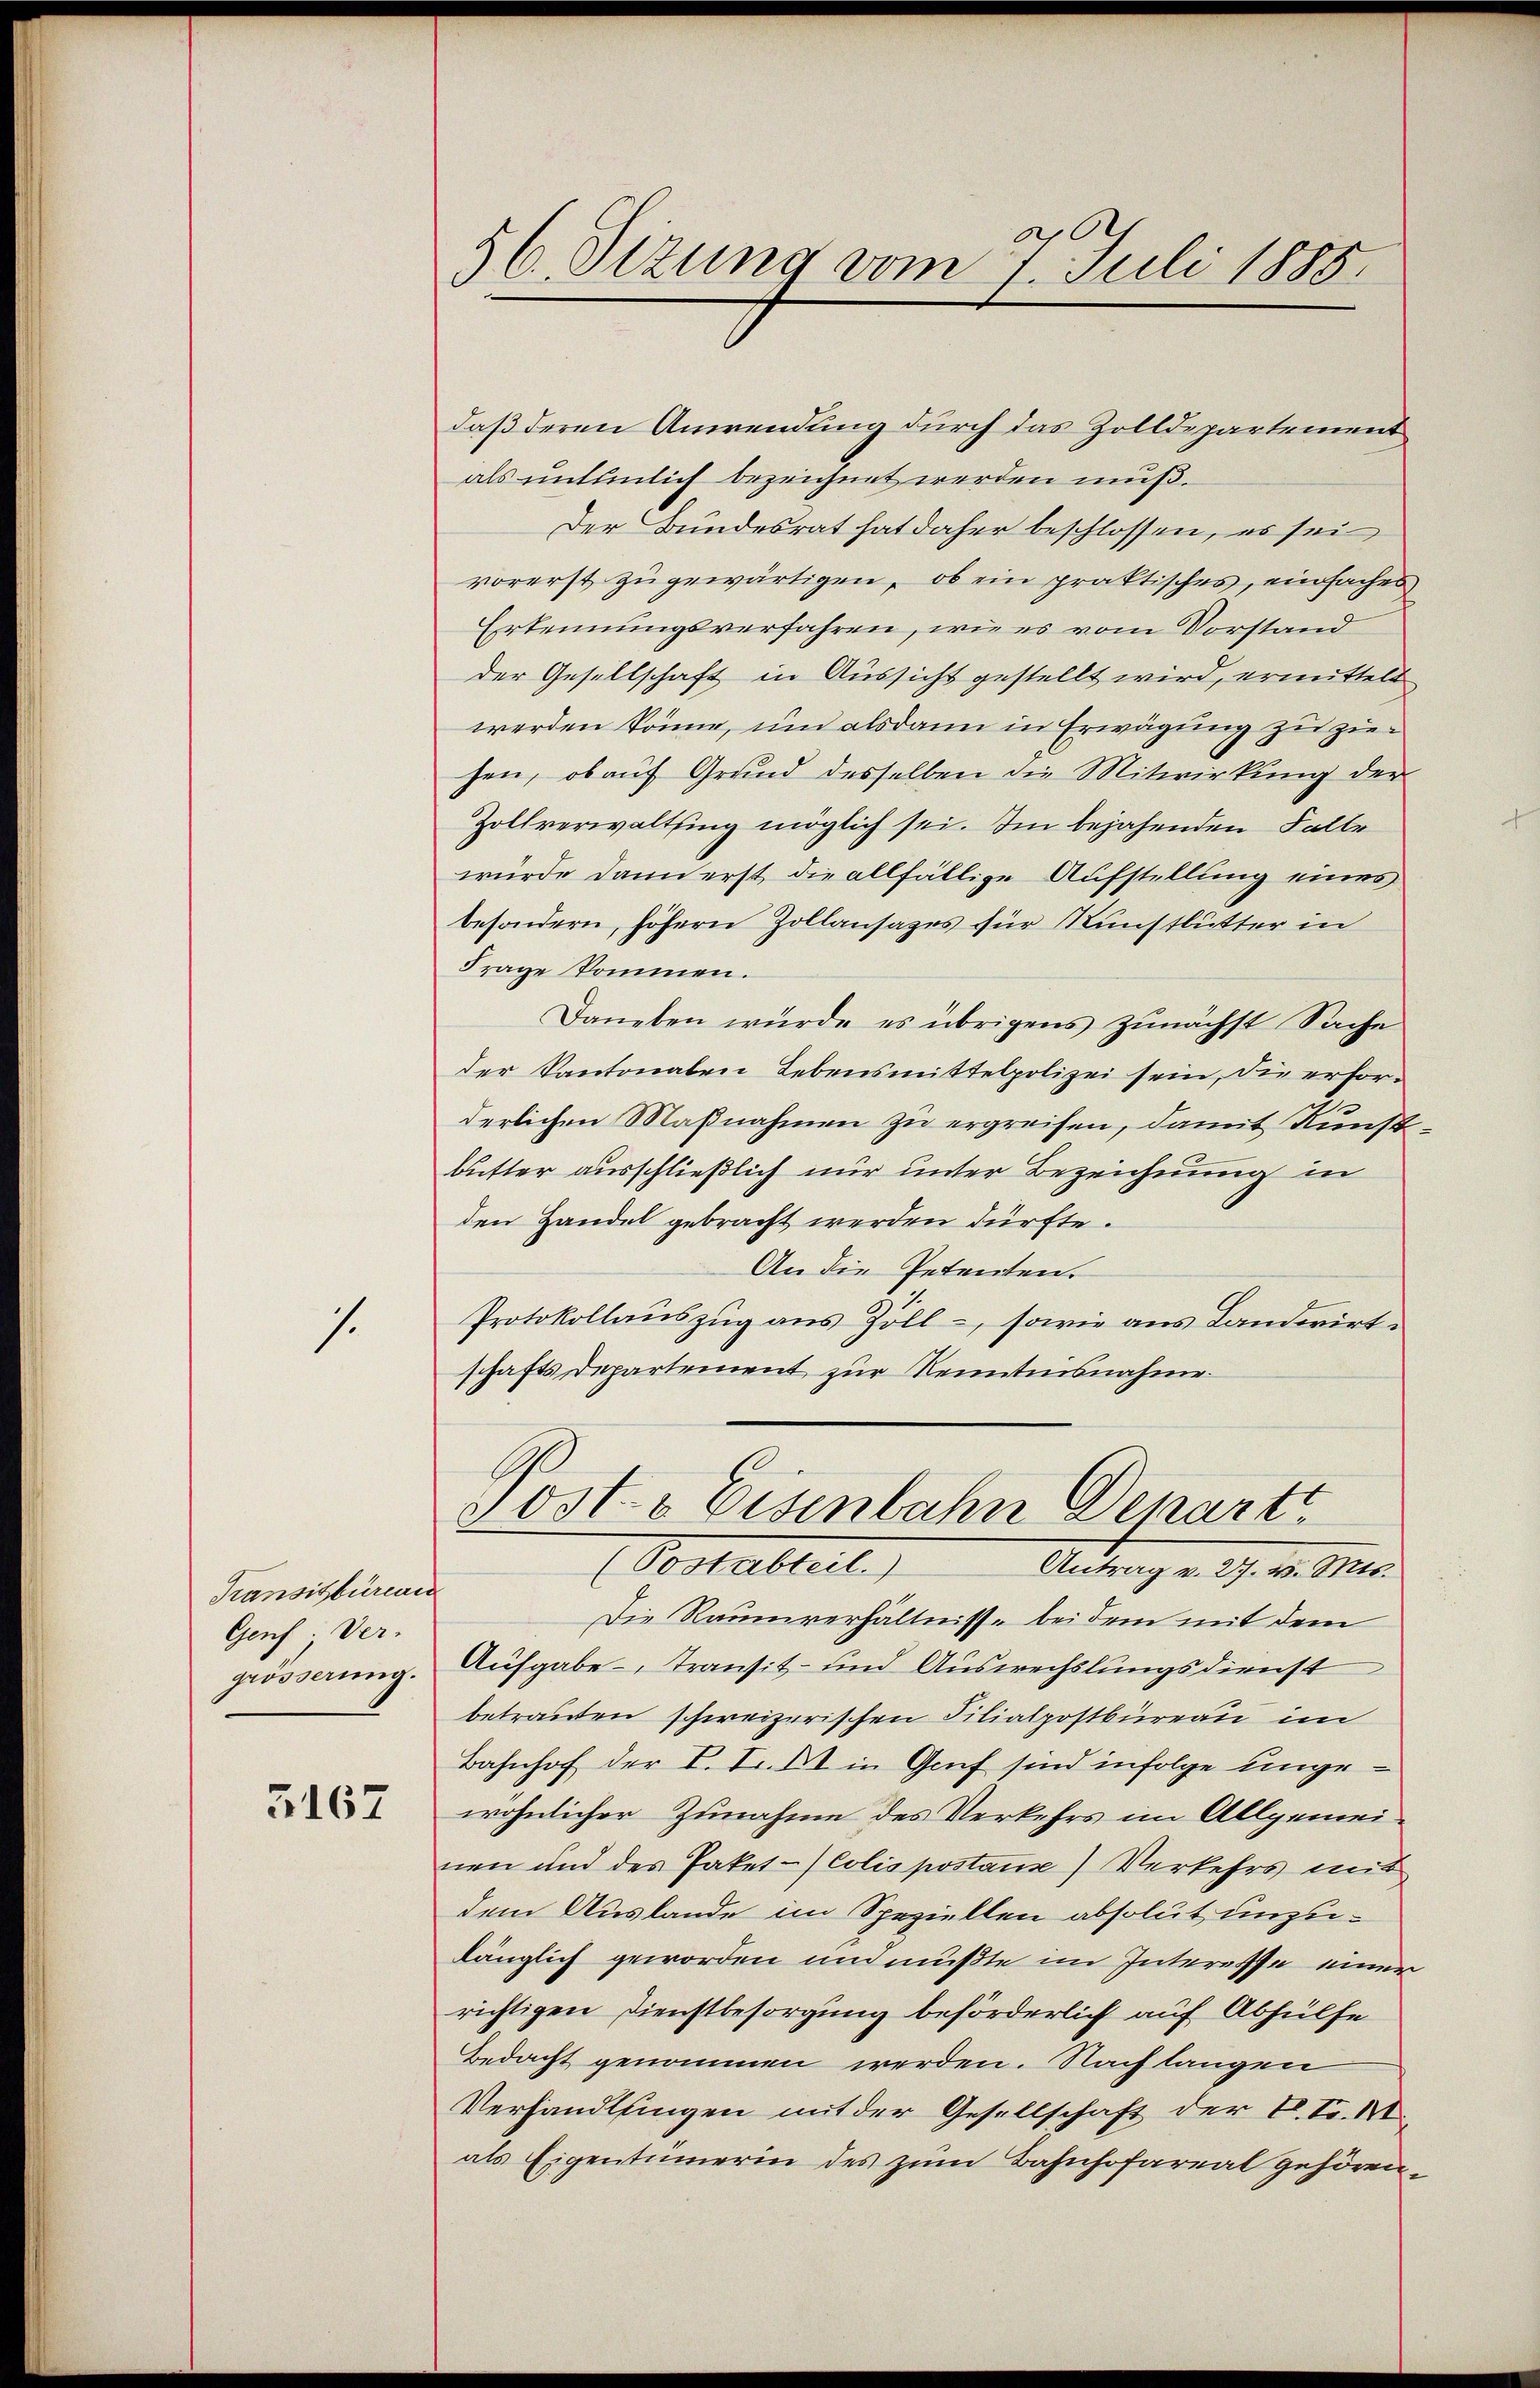
1.

Transitbüreaus
Genf Ver-
grösserung.

3167

56. Sizung vom 7. Juli 1888.

daß deren Anwendung durch das Zolldepartement
als untemlich bezeichnet werden muß.
Der Bundesrat hat daher beschlossen, es sei
vorerst zugewärtigen, ob ein praktisches, einfaches
Erkennungsverfahren, wie es vom Vorstand
der Gesellschaft in Aussicht gestellt wird, ermittelt
werden könne, und alsdann in Erwägung zu ziehen, ob auf Grund desselben die Mitwirkung der
Zollverwaltsing möglich sei. Im bejahenden Falle
würde dann erst die allfällige Aufstellung eines
besondern, höhern Zollansazes für Kunstbutter in
Frage kommen.
Daneben würde es übrigens zunächst Sache
der Kantonalen Lebensmittelpolizei sein, die erforderlichen Maßnahmen zu ergreifen, damit Kunstbutter ausschließlich nur unter Bezeichnung in
den Handel gebracht werden dürfte.
An die Petenten.
Protokollauszug aus Zoll-, sowie aus Landwirtschaftsdepartement zur Renntnisnahme
 osts Eisenbahn Depart
Costablirt
Antrag v. 27. v. Mts.
Die Raumverhältnisse bei dem mit dem
Aufgabe - Transit- und Auswechslungsdienst
betrauten schweizerischen Filialpostbüreau im
Bahnhof der I. I. II in Graf sind infolge ungewöhnlicher Zunahme des Verkehrs im Allgemeinen und des Paket - (Colis postaus) Verkehrs mit
dem Auslande im Speziellen absolut unzulänglich geworden und mußte im Interesse einer
richtigen Dienstbesorgung beförderlich auf Abhülfe
Bedacht genommen werden. Nach langen
Verhandlungen mit der Gesellschaft der C. S. M.
als Eigentümerin des zum Bahnhofareal gehören.